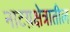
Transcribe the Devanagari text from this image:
नाटय़क्षेत्रातील